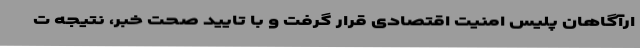
ارآگاهان پلیس امنیت اقتصادی قرار گرفت و با تایید صحت خبر، نتیجه ت